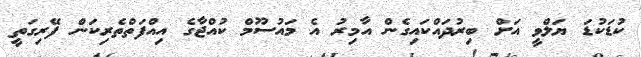
ކުޑަކުޑަ ޔަލްވީ އަށް ބިރުދައްކައިގެން އާމިރު އެ މައުސޫމް ކުއްޖާގެ އިއްފަތްތެރިކަން ފޭރިގަތީ